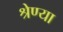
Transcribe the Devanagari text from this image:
श्रेण्या